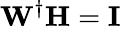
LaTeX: \mathbf{W}^{\dagger}\mathbf{H}=\mathbf{I}